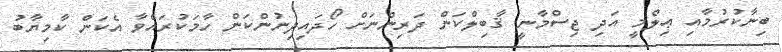
ބިނާކުރުމާއި ޢިލްމީ އަދި ޖިސްމާނީ ޤާބިލްކަން ދަރިންނަށް ހޯދައިދިނުންކަން ހާމަކުރައްވާ އެކަން ކާމިޔާބު